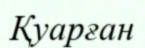
Қуарған